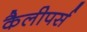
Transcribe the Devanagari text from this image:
कैलीपर्स